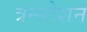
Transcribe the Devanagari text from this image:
त्रन्स्लेशन